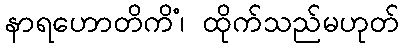
နာရဟောတိကိံ၊ ထိုက်သည်မဟုတ်